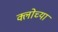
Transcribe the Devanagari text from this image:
क्लोच्या